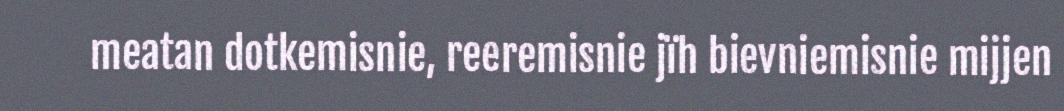
meatan dotkemisnie, reeremisnie jïh bievniemisnie mijjen